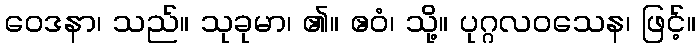
ဝေဒနာ၊ သည်။ သုခုမာ၊ ၏။ ဧဝံ၊ သို့။ ပုဂ္ဂလဝသေန၊ ဖြင့်။